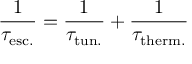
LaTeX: { \frac { 1 } { \tau _ { \mathrm { e s c . } } } } = { \frac { 1 } { \tau _ { \mathrm { t u n . } } } } + { \frac { 1 } { \tau _ { \mathrm { t h e r m . } } } }